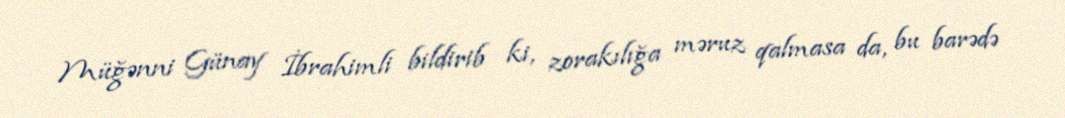
Müğənni Günay İbrahimli bildirib ki, zorakılığa məruz qalmasa da, bu barədə